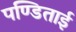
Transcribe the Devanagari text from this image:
पण्डिताई